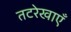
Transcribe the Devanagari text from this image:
तटरेखाएँ